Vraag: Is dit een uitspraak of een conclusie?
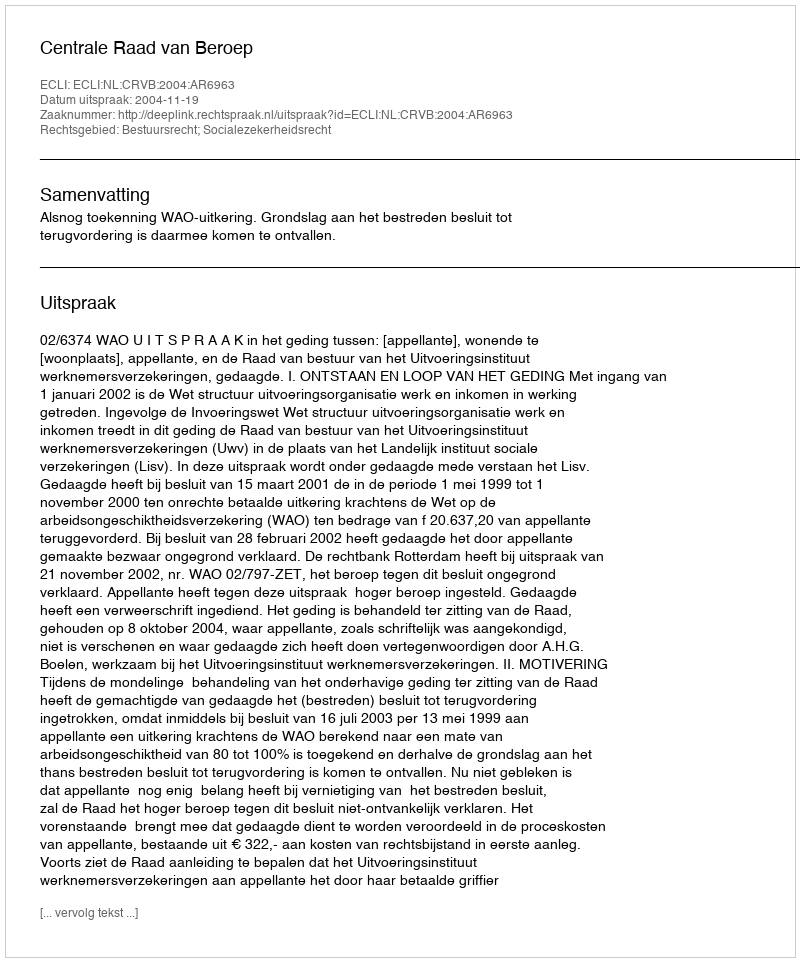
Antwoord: Uitspraak